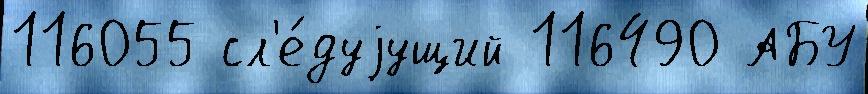
116055 сл'е́дуjущий 116490 АБУ